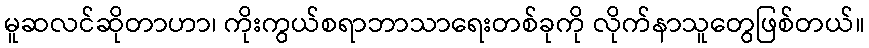
မူဆလင်ဆိုတာဟာ၊ ကိုးကွယ်စရာဘာသာရေးတစ်ခုကို လိုက်နာသူတွေဖြစ်တယ်။